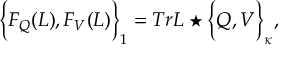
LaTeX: \Big \{ F _ { Q } ( L ) , F _ { V } ( L ) \Big \} _ { 1 } = T r L \star \Big \{ Q , V \Big \} _ { \kappa } , \nonumber \,